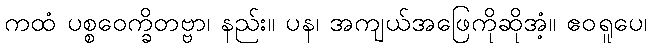
ကထံ ပစ္စဝေက္ခိတဗ္ဗာ၊ နည်း။ ပန၊ အကျယ်အဖြေကိုဆိုအံ့။ ဧဝရူပေ၊